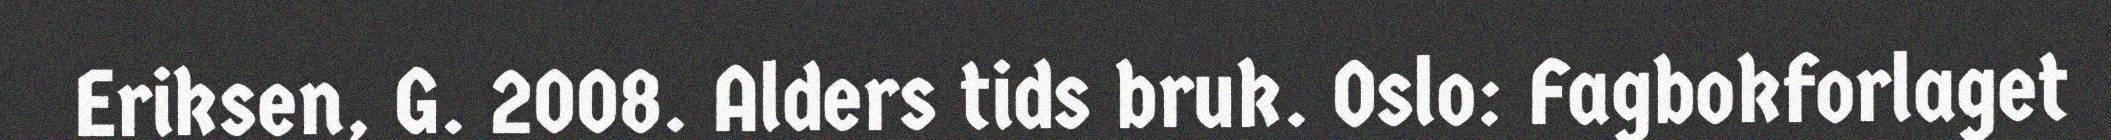
Eriksen, G. 2008. Alders tids bruk. Oslo: Fagbokforlaget